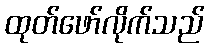
ထုတ်ဖော်လိုက်သည်